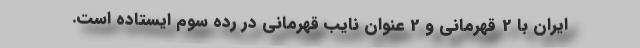
ایران با 2 قهرمانی و 2 عنوان نایب قهرمانی در رده سوم ایستاده است.